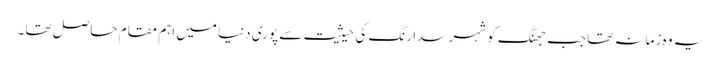
یہ وہ زمانہ تھا جب جھنگ کو شہر سدا رنگ کی حیثیت سے پوری دنیا میں اہم مقام حاصل تھا۔